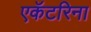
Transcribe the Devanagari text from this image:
एकॅटरिना